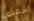
يرغبون